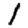
Digit: 1